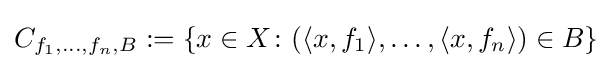
C_{f_{1},\dots ,f_{n},B}:=\{x\in X\colon (\langle x,f_{1}\rangle ,\dots ,\langle x,f_{n}\rangle )\in B\}